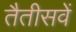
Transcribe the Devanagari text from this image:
तैतीसवें